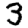
Digit: 3